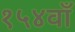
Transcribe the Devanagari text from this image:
१५४वाँ